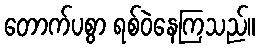
တောက်ပစွာ ရစ်ဝဲနေကြသည်။